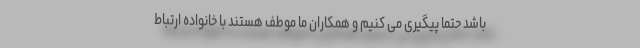
باشد حتما پیگیری می کنیم و همکاران ما موطف هستند با خانواده ارتباط